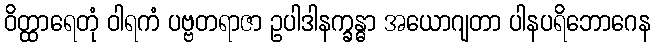
ဝိတ္ထာရေတုံ ဝါရကံ ပဗ္ဗတရာဇာ ဥပါဒါနက္ခန္ဓာ အယောဂျတာ ပါနပရိဘောဂေန